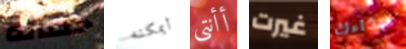
حصانه أيمكنه أأنتي غيرت حذاءك